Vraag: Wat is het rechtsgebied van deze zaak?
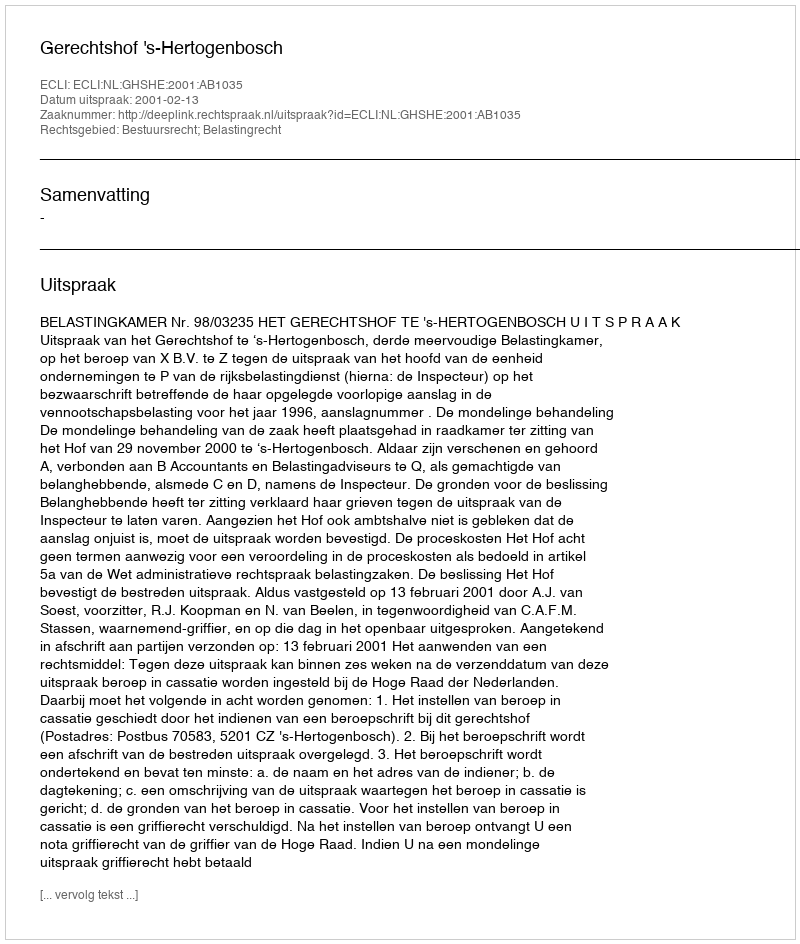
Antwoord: Bestuursrecht; Belastingrecht